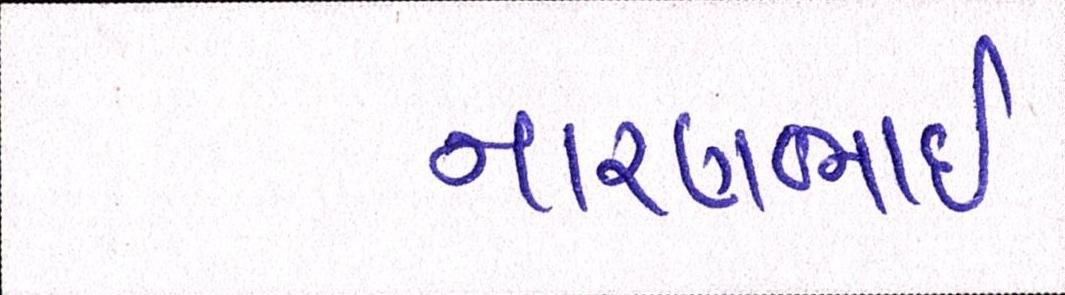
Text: નારણભાઈ